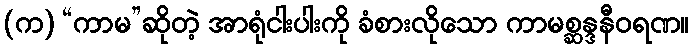
(က) “ကာမ”ဆိုတဲ့ အာရုံငါးပါးကို ခံစားလိုသော ကာမစ္ဆန္ဒနီဝရဏ။